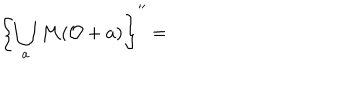
\left\{ \bigcup _ { a } \mathcal { M } ( \mathcal { O } + a ) \right\} ^ { \prime \prime } =